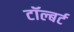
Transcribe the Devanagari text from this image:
टॉल्बर्ट